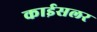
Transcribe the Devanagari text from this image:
काईसलर